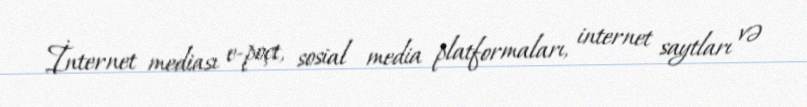
İnternet mediası e-poçt, sosial media platformaları, internet saytları və